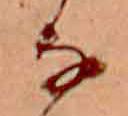
な